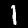
Label: 1